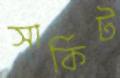
সার্কিট